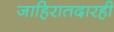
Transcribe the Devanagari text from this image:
जाहिरातदारही